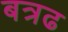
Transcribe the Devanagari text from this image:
बत्रढ